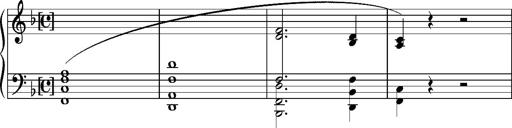
Title: Album-Leaf 'OsnabrÃ¼ck'
Composer: Franz Liszt
Key: F major